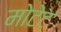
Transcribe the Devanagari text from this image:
मोटेट